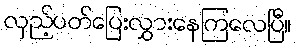
လှည့်ပတ်ပြေးလွှားနေကြလေပြီ။